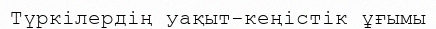
Түркілердің уақыт-кеңістік ұғымы